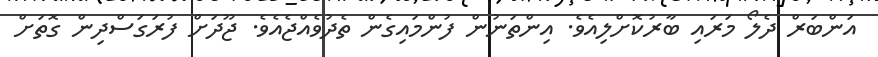
އަންބަރް ދެލޯ މަރައި ބާރުކޮށްލިއެވެ. އިންތަނުން ފުންމައިގެން ތެދުވެއްޖެއެވެ. ޖޫދަށް ފުރަގަސްދިން ގޮތަށް